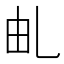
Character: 𠃦